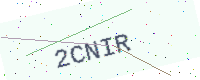
Text: 2CNIR